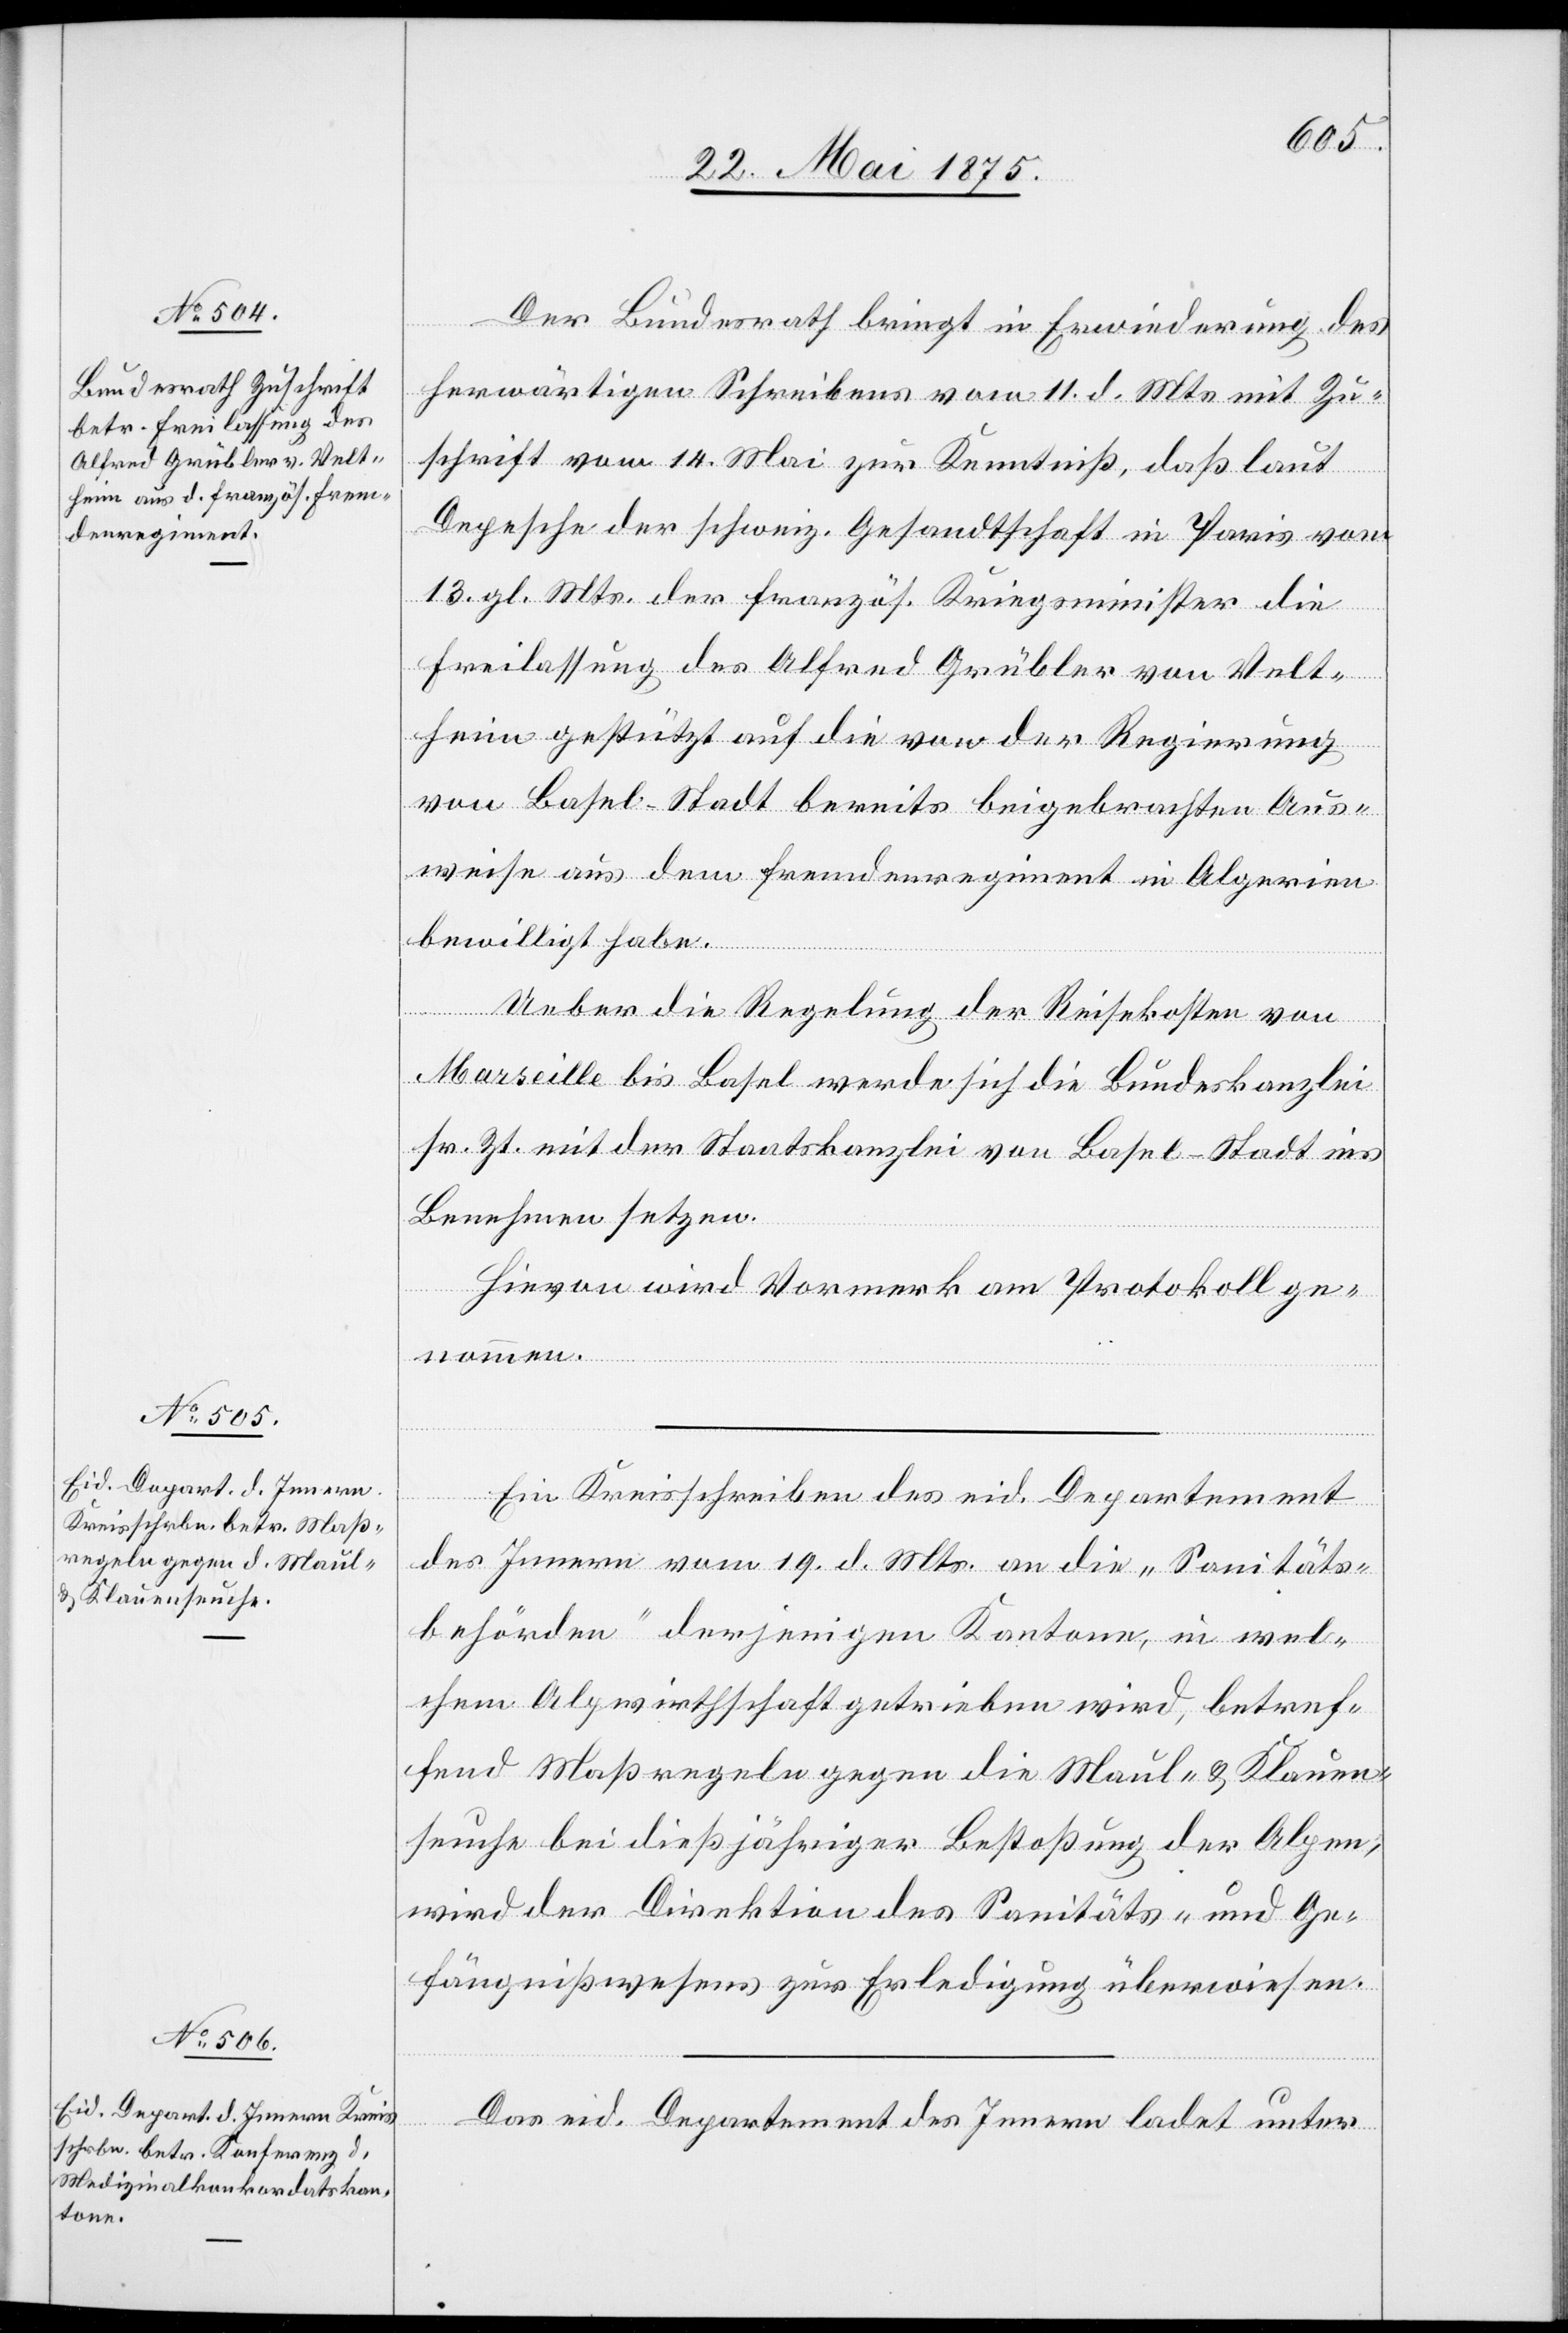
Der Bundesrath bringt in Erwiederung des
herwärtigen Schreibens vom 11. d. Mts. mit Zu¬
schrift vom 14. Mai zur Kenntniß, daß laut
Depesche der schweiz. Gesandtschaft in Paris vom
13. gl. Mts. der französ. Kriegsminister die
Freilassung des Alfred Grübler von Velt¬
heim gestützt auf die von der Regierung
von Basel-Stadt bereits beigebrachten Aus¬
weise aus dem Fremdenregiment in Algerien
bewilligt habe.
Ueber die Regelung der Reisekosten von
Marseille bis Basel werde sich die Bundeskanzlei
sr. Zt. mit der Staatskanzlei von Basel-Stadt ins
Benehmen setzen.
Hievon wird Vormerk am Protokoll ge¬
nommen.
Ein Kreisschreiben des eid. Departement
des Innern vom 19. d. Mts. an die „Sanitäts¬
behörden“ derjenigen Kantone, in wel¬
chen Alpwirthschaft getrieben wird, betref¬
fend Maßregeln gegen die Maul- & Klauen¬
seuche bei dießjährigen Bestoßung der Alpen,
wird der Direktion des Sanitäts- und Ge¬
fängnißwesens zur Erledigung überwiesen.
Das eid. Departement des Innern ladet unter